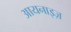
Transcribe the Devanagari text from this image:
आयनाइज़